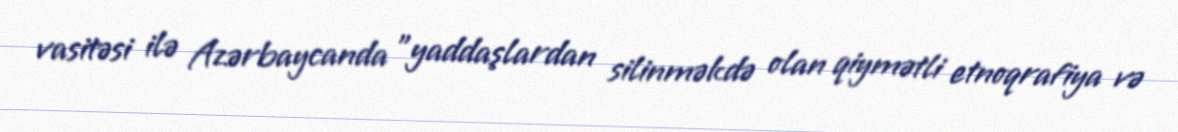
vasitəsi ilə Azərbaycanda "yaddaşlardan silinməkdə olan qiymətli etnoqrafiya və